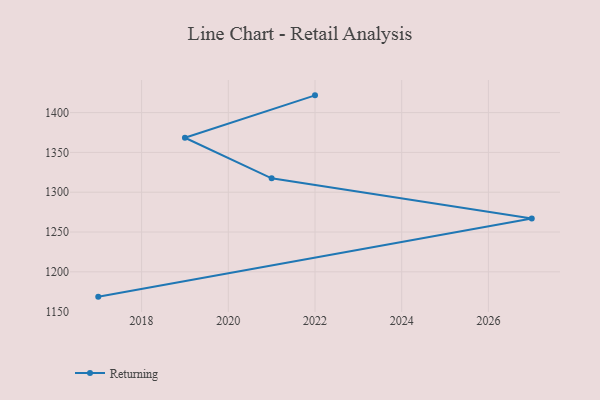
{"axis": {"x": "Year", "y": "Backlog"}, "legend": ["Returning"], "data": [{"x": "2017", "y": 1168.8, "type": "Returning"}, {"x": "2027", "y": 1267.1, "type": "Returning"}, {"x": "2021", "y": 1317.5, "type": "Returning"}, {"x": "2019", "y": 1368.4, "type": "Returning"}, {"x": "2022", "y": 1421.7, "type": "Returning"}]}